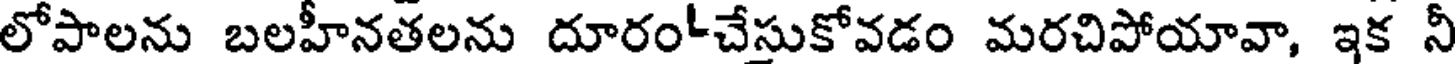
లోపాలను బలహీనతలను దూరం-చేస్తుకోవడం మరచిపోయావా, ఇక నీ